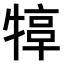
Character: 𤚮